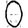
Digit: 0